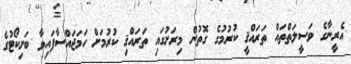
އެރީނާގެ ވަސީލަތްތައް ތަރައްޤީ ކުރުމުގެ ގޮތުން މިރަށުގައި ތަރައްޤި ކުރުމަށް ހަމަޖައްސާފައިވާ ބަށިކޯޓުގެ